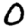
Digit: 0